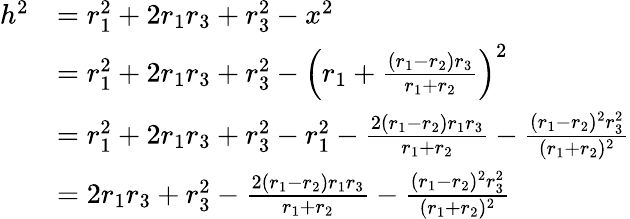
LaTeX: \begin{array}{rl}{h^{2}}&{=r_{1}^{2}+2r_{1}r_{3}+r_{3}^{2}-x^{2}}\\ &{=r_{1}^{2}+2r_{1}r_{3}+r_{3}^{2}-\left(r_{1}+\frac{(r_{1}-r_{2})r_{3}}{r_{1}+r_{2}}\right)^{2}}\\ &{=r_{1}^{2}+2r_{1}r_{3}+r_{3}^{2}-r_{1}^{2}-\frac{2(r_{1}-r_{2})r_{1}r_{3}}{r_{1}+r_{2}}-\frac{(r_{1}-r_{2})^{2}r_{3}^{2}}{(r_{1}+r_{2})^{2}}}\\ &{=2r_{1}r_{3}+r_{3}^{2}-\frac{2(r_{1}-r_{2})r_{1}r_{3}}{r_{1}+r_{2}}-\frac{(r_{1}-r_{2})^{2}r_{3}^{2}}{(r_{1}+r_{2})^{2}}}\end{array}